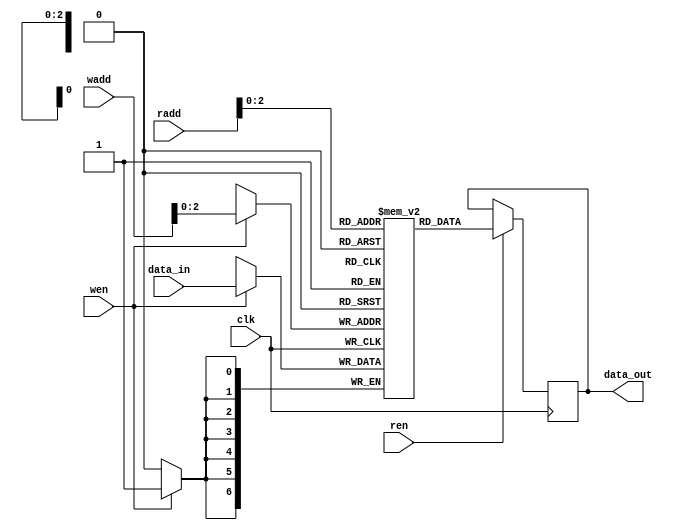
`timescale 1ns / 1ps
//////////////////////////////////////////////////////////////////////////////////
// Company: 
// Engineer: 
// 
// Design Name: 
// Module Name: memory_rstl_conv
// Project Name: 
// Target Devices: 
// Tool Versions: 
// Description: 
// 
// Dependencies: 
// 
// Revision:
// Revision 0.01 - File Created
// Additional Comments:
// 
//////////////////////////////////////////////////////////////////////////////////


module memory_rstl_conv#(parameter numWeight = 8,addressWidth=4,dataWidth=7) 
    ( 
    input clk,
    input wen,
    input ren,
    input [addressWidth-1:0] wadd,
    input [addressWidth-1:0] radd,
    input [dataWidth-1:0] data_in,
    output reg [dataWidth-1:0] data_out);
    
    reg [dataWidth-1:0] mem [numWeight-1:0];


    always @(posedge clk)
	begin
	   if (wen)
	   begin
	       mem[wadd] <= data_in;
	   end
	end 

    
    always @(posedge clk)
    begin
        if (ren)
        begin
            data_out <= mem[radd];
        end
    end 
endmodule